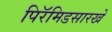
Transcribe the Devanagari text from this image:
पिरॅमिडसारखे